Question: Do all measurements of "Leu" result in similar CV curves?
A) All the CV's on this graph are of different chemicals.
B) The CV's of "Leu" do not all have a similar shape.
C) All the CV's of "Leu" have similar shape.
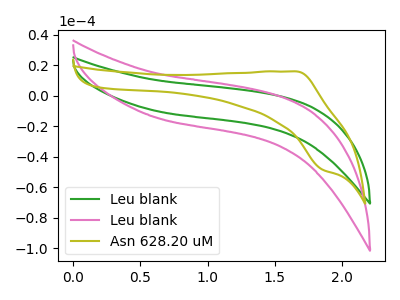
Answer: <think>The green curve "Leu blank" has no peaks. The pink curve "Leu blank" has no peaks. The olive curve "Asn 628.20 uM" has an anodic peak at (1.65V, 16.00uA) and a cathodic peak at (1.85V, -48.40uA).
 Neither "Leu blank" or "Leu blank" have any peaks. "Leu blank" and "Asn 628.20 uM" have a different number of peaks. "Leu blank" and "Asn 628.20 uM" have a different number of peaks.</think>
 <answer>C) All the CV's of "Leu" have similar shape.</answer>
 <eval>C</eval>